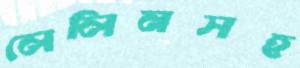
লেলিনসহ